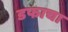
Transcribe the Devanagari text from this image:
डफाचा